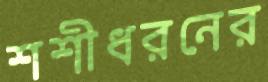
শশীধরনের